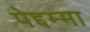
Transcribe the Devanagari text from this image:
पेद्दम्मा